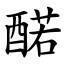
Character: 䤀